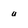
Character: u